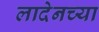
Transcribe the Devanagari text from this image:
लादेनच्या